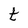
Character: t